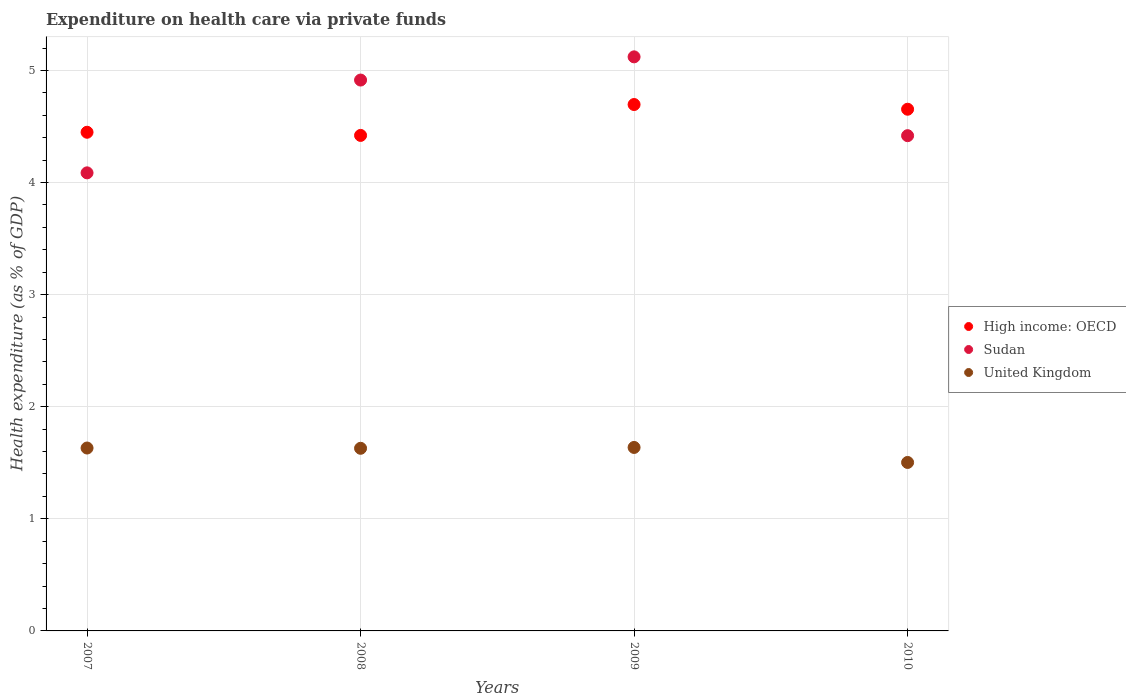
| Years | High income: OECD | Sudan | United Kingdom |
 | --- | --- | --- | --- |
 | 2007 | 4.45 | 4.09 | 1.63 |
 | 2008 | 4.42 | 4.91 | 1.63 |
 | 2009 | 4.7 | 5.12 | 1.64 |
 | 2010 | 4.65 | 4.42 | 1.5 |